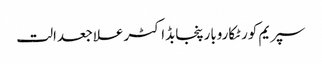
سپریم کورٹکاروبارپنجابڈاکٹرعلاجعدالت